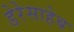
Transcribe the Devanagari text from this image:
डेरेसाहेब